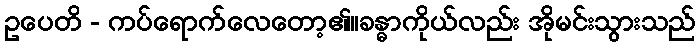
ဥပေတိ - ကပ်ရောက်လေတော့၏။ခန္ဓာကိုယ်လည်း အိုမင်းသွားသည်